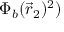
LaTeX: \Phi _ { b } ( { \vec { r } } _ { 2 } ) ^ { 2 } )